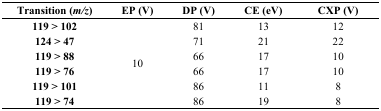
<table><thead><tr><td><b>Transition (<i>m/z</i>)</b></td><td><b>EP (V)</b></td><td><b>DP (V)</b></td><td><b>CE (eV)</b></td><td><b>CXP (V)</b></td></tr></thead><tbody><tr><td><b>119 &gt; 102</b></td><td rowspan="6">10</td><td>81</td><td>13</td><td>12</td></tr><tr><td><b>124 &gt; 47</b></td><td>71</td><td>21</td><td>22</td></tr><tr><td><b>119 &gt; 88</b></td><td>66</td><td>17</td><td>10</td></tr><tr><td><b>119 &gt; 76</b></td><td>66</td><td>17</td><td>10</td></tr><tr><td><b>119 &gt; 101</b></td><td>86</td><td>11</td><td>8</td></tr><tr><td><b>119 &gt; 74</b></td><td>86</td><td>19</td><td>8</td></tr></tbody></table>